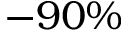
- 9 0 \%